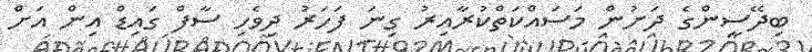
ބިދޭސީންގެ ދަށުން މަސައްކަތްކުރާއިރު ގިނަ ފަހަރު ދިވެހި ސާފް ގައިޑް އިން އަށް